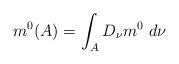
LaTeX: \begin{gather*} m^0 (A) = \int_A D_\nu m^0 \ d\nu \end{gather*}